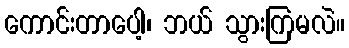
ကောင်းတာပေါ့၊ ဘယ် သွားကြမလဲ။